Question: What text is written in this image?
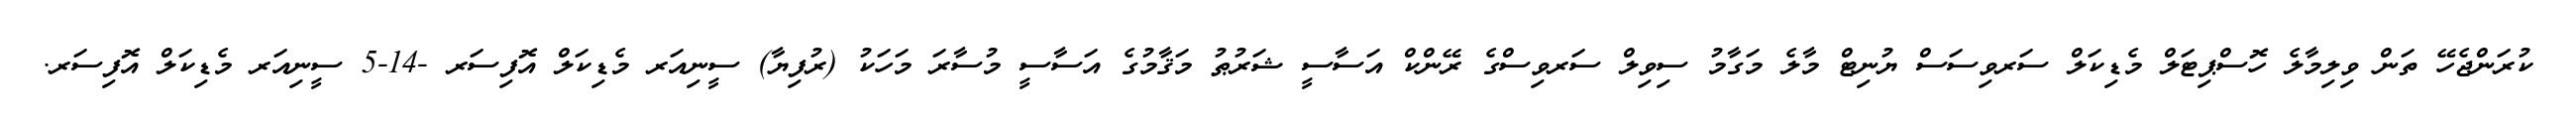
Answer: ކުރަންޖެހޭ ތަން ވިލިމާލެ ހޮސްޕިޓަލް މެޑިކަލް ސަރވިސަސް ޔުނިޓް މާލެ މަގާމު ސިވިލް ސަރވިސްގެ ރޭންކް އަސާސީ ޝަރުޠު މަޤާމުގެ އަސާސީ މުސާރަ މަހަކު (ރުފިޔާ) ސީނިއަރ މެޑިކަލް އޮފިސަރ -14-5 ސީނިއަރ މެޑިކަލް އޮފިސަރ.